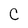
Character: C